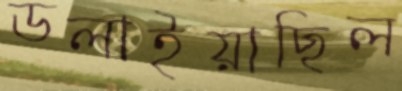
ডলাইয়াছিল